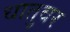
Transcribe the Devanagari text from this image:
धातुवर